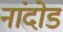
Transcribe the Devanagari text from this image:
नांदोड